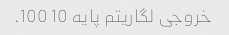
خروجی لگاریتم پایه 10 100.